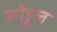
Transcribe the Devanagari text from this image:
सोड्ढल